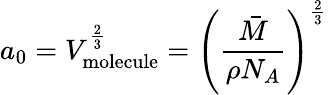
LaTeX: a_{0}=V_{\mathrm{molecule}}^{\frac{2}{3}}=\left({\frac{\bar{M}}{\rho N_{A}}}\right)^{\frac{2}{3}}